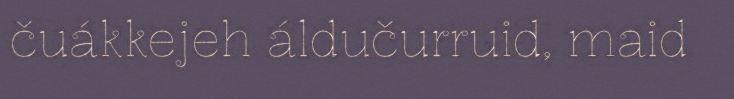
čuákkejeh áldučurruid, maid